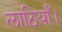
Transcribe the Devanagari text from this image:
लाठियाँ।